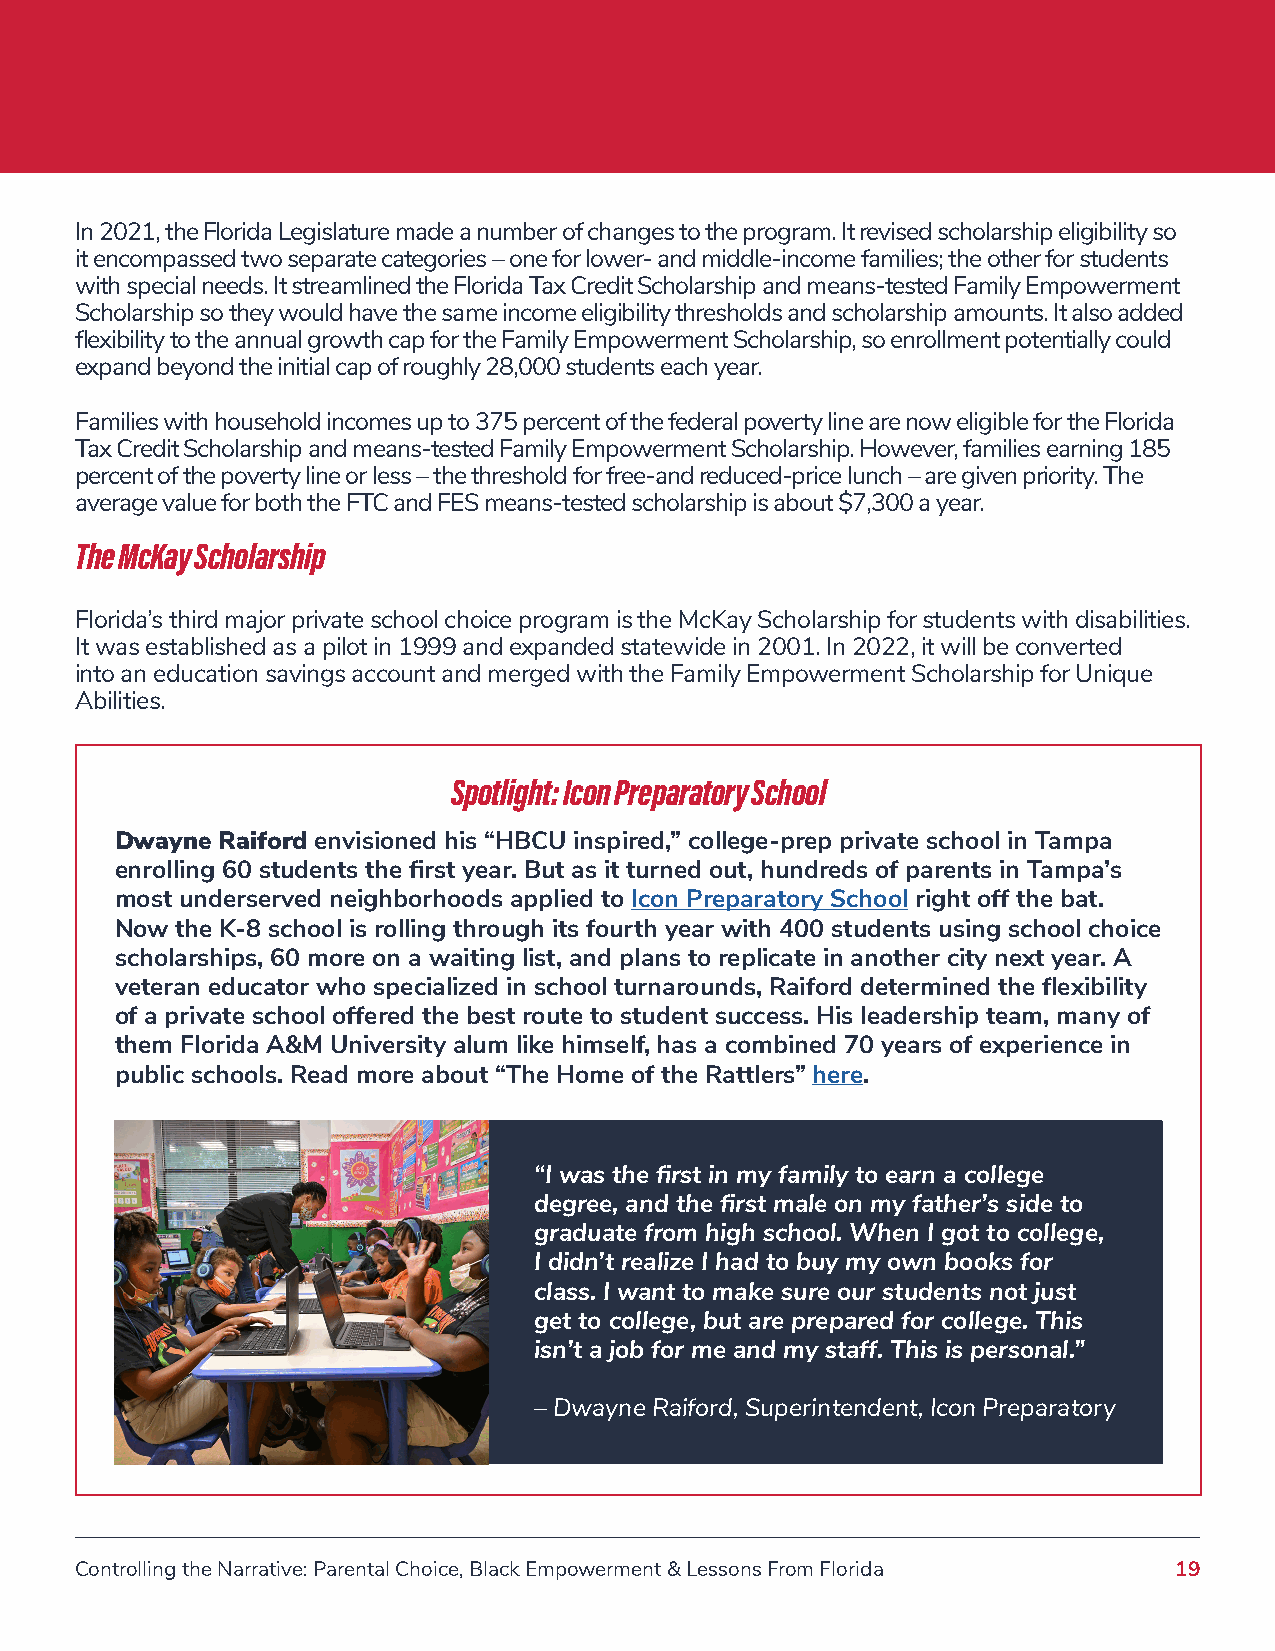
In 2021, the Florida Legislature made a number of changes to the program. It revised scholarship eligibility so
 it encompassed two separate categories – one for lower- and middle-income families; the other for students
 with special needs. It streamlined the Florida Tax Credit Scholarship and means-tested Family Empowerment
 Scholarship so they would have the same income eligibility thresholds and scholarship amounts. It also added
 flexibility to the annual growth cap for the Family Empowerment Scholarship, so enrollment potentially could
 expand beyond the initial cap of roughly 28,000 students each year.
 Families with household incomes up to 375 percent of the federal poverty line are now eligible for the Florida
 Tax Credit Scholarship and means-tested Family Empowerment Scholarship. However, families earning 185
 percent of the poverty line or less – the threshold for free-and reduced-price lunch – are given priority. The
 average value for both the FTC and FES means-tested scholarship is about $7,300 a year.
 The McKay Scholarship
 Florida’s third major private school choice program is the McKay Scholarship for students with disabilities.
 It was established as a pilot in 1999 and expanded statewide in 2001. In 2022, it will be converted
 into an education savings account and merged with the Family Empowerment Scholarship for Unique
 Abilities.
 Spotlight: Icon Preparatory School
 Dwayne Raiford envisioned his “HBCU inspired,” college-prep private school in Tampa
 enrolling 60 students the first year. But as it turned out, hundreds of parents in Tampa’s
 most underserved neighborhoods applied to Icon Preparatory School right off the bat.
 Now the K-8 school is rolling through its fourth year with 400 students using school choice
 scholarships, 60 more on a waiting list, and plans to replicate in another city next year. A
 veteran educator who specialized in school turnarounds, Raiford determined the flexibility
 of a private school offered the best route to student success. His leadership team, many of
 them Florida A&M University alum like himself, has a combined 70 years of experience in
 public schools. Read more about “The Home of the Rattlers” here.
 “I was the first in my family to earn a college
 degree, and the first male on my father’s side to
 graduate from high school. When I got to college,
 I didn’t realize I had to buy my own books for
 class. I want to make sure our students not just
 get to college, but are prepared for college. This
 isn’t a job for me and my staff. This is personal.”
 – Dwayne Raiford, Superintendent, Icon Preparatory
 Controlling the Narrative: Parental Choice, Black Empowerment & Lessons From Florida 19